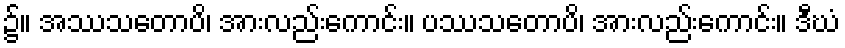
၌။ အဿသတောပိ၊ အားလည်းကောင်း။ ပဿသတောပိ၊ အားလည်းကောင်း။ ဒီဃံ